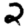
Digit: 2